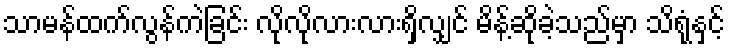
သာမန်ထက်လွန်ကဲခြင်း လိုလိုလားလားရှိလျှင် မိန့်ဆိုခဲ့သည်မှာ သိရုံနှင့်